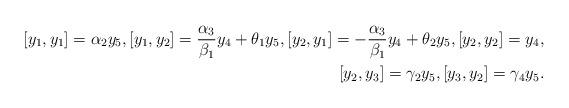
LaTeX: \begin{align*}[y_1, y_1]=\alpha_2y_5, [y_1, y_2]=\frac{\alpha_3}{\beta_1}y_4+\theta_1y_5, [y_2, y_1]=-\frac{\alpha_3}{\beta_1}y_4+\theta_2y_5, [y_2, y_2]=y_4, \\ [y_2, y_3]=\gamma_2y_5, [y_3, y_2]=\gamma_4y_5.\end{align*}